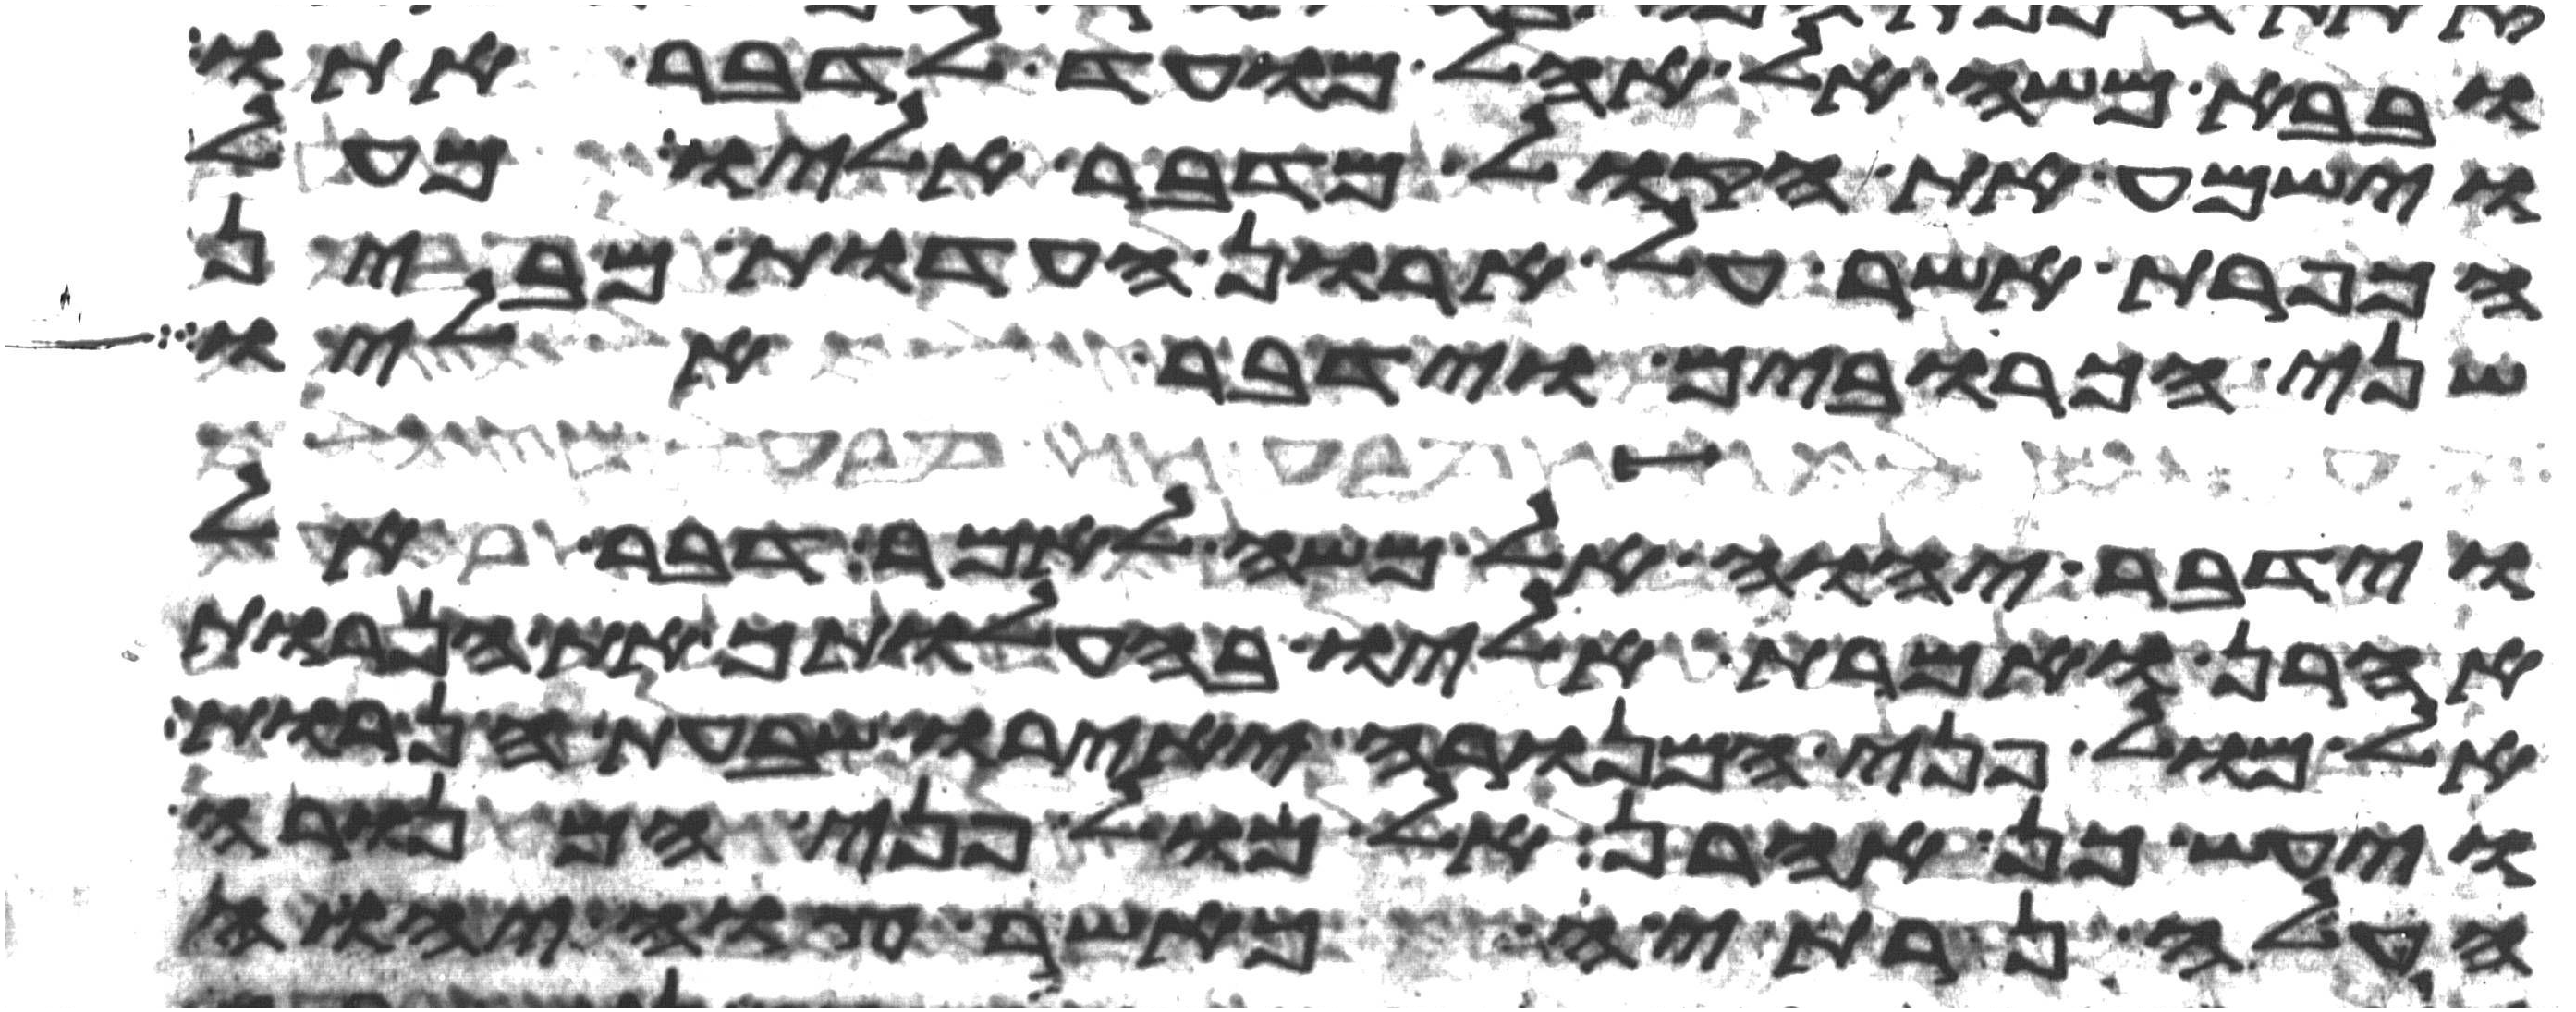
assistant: ובבא משה אל אהל מועד לדבר אתו
וישמע את הקול מדבר אליו מעל
הכפרת אשר על ארון העדות מבין
שני הכרובים וידבר אליו
וידבר יהוה אל משה לאמר דבר אל
אהרן ואמרת אליו בהעלותך את הנרות
אל מול פני המנורה יאירו שבעת הנרות
ויעש כן אהרן אל מול פני המנורה
העלה נרתיה כאשר צוה יהוה